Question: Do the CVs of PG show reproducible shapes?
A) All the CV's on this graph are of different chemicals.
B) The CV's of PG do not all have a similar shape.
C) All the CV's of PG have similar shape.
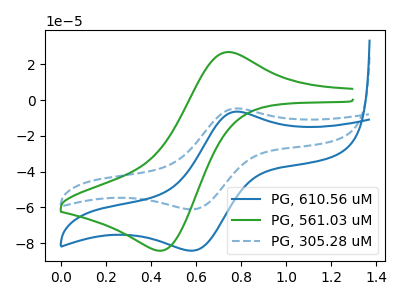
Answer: <think>The blue curve "PG, 610.56 uM" has an anodic peak at (0.80V, -6.50uA) and a cathodic peak at (0.60V, -84.15uA). The green curve "PG, 561.03 uM" has an anodic peak at (0.75V, 26.70uA) and a cathodic peak at (0.45V, -84.25uA). The blue dashed curve "PG, 305.28 uM" has an anodic peak at (0.80V, -4.70uA) and a cathodic peak at (0.60V, -61.05uA).
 "PG, 610.56 uM" and "PG, 561.03 uM" have at least one peak that do not match. All the peaks in "PG, 610.56 uM" have a peak in "PG, 305.28 uM" at the same potential. "PG, 561.03 uM" and "PG, 305.28 uM" have at least one peak that do not match.</think>
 <answer>C) All the CV's of "PG" have similar shape.</answer>
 <eval>C</eval>